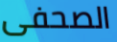
الصحفى